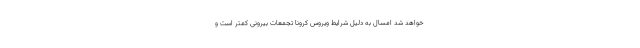
خواهد شد امسال به دلیل شرایط ویروس کرونا تجمعات بیرونی کمتر است و